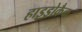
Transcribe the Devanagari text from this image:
हाइड्रोक्रैक